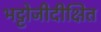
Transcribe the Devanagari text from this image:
भट्टोजीदीक्षित